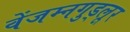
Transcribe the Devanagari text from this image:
वेंजम्नगुड्लूर